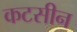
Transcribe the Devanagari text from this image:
कटसीन